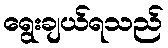
ရွေးချယ်ရသည်